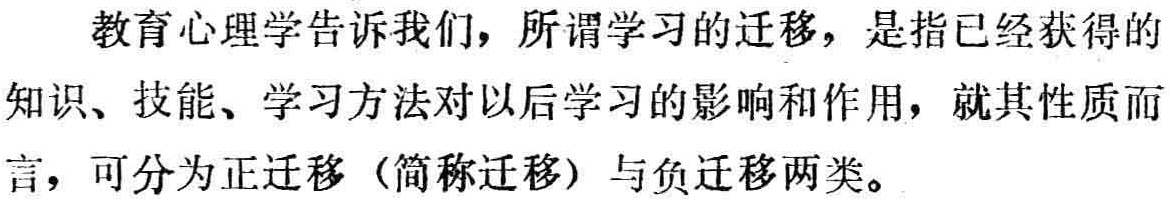
教育心理学告诉我们，所谓学习的迁移，是指已经获得的知识、技能、学习方法对以后学习的影响和作用，就其性质而言，可分为正迁移（简称迁移）与负迁移两类。